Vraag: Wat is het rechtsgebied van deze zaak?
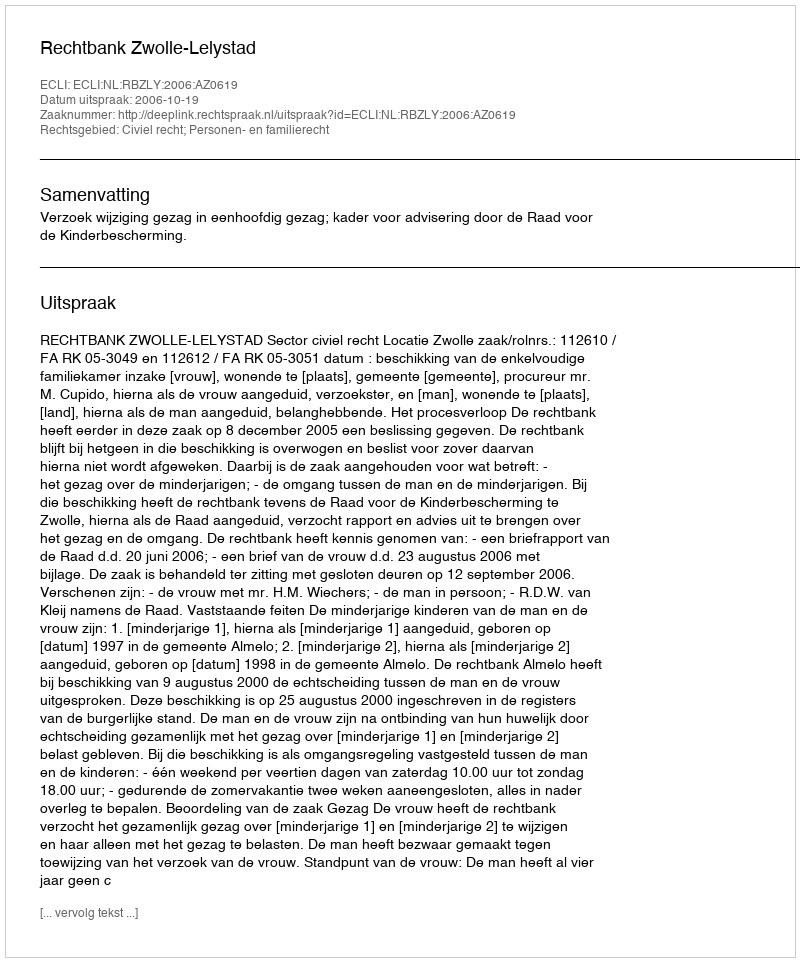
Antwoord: Civiel recht; Personen- en familierecht